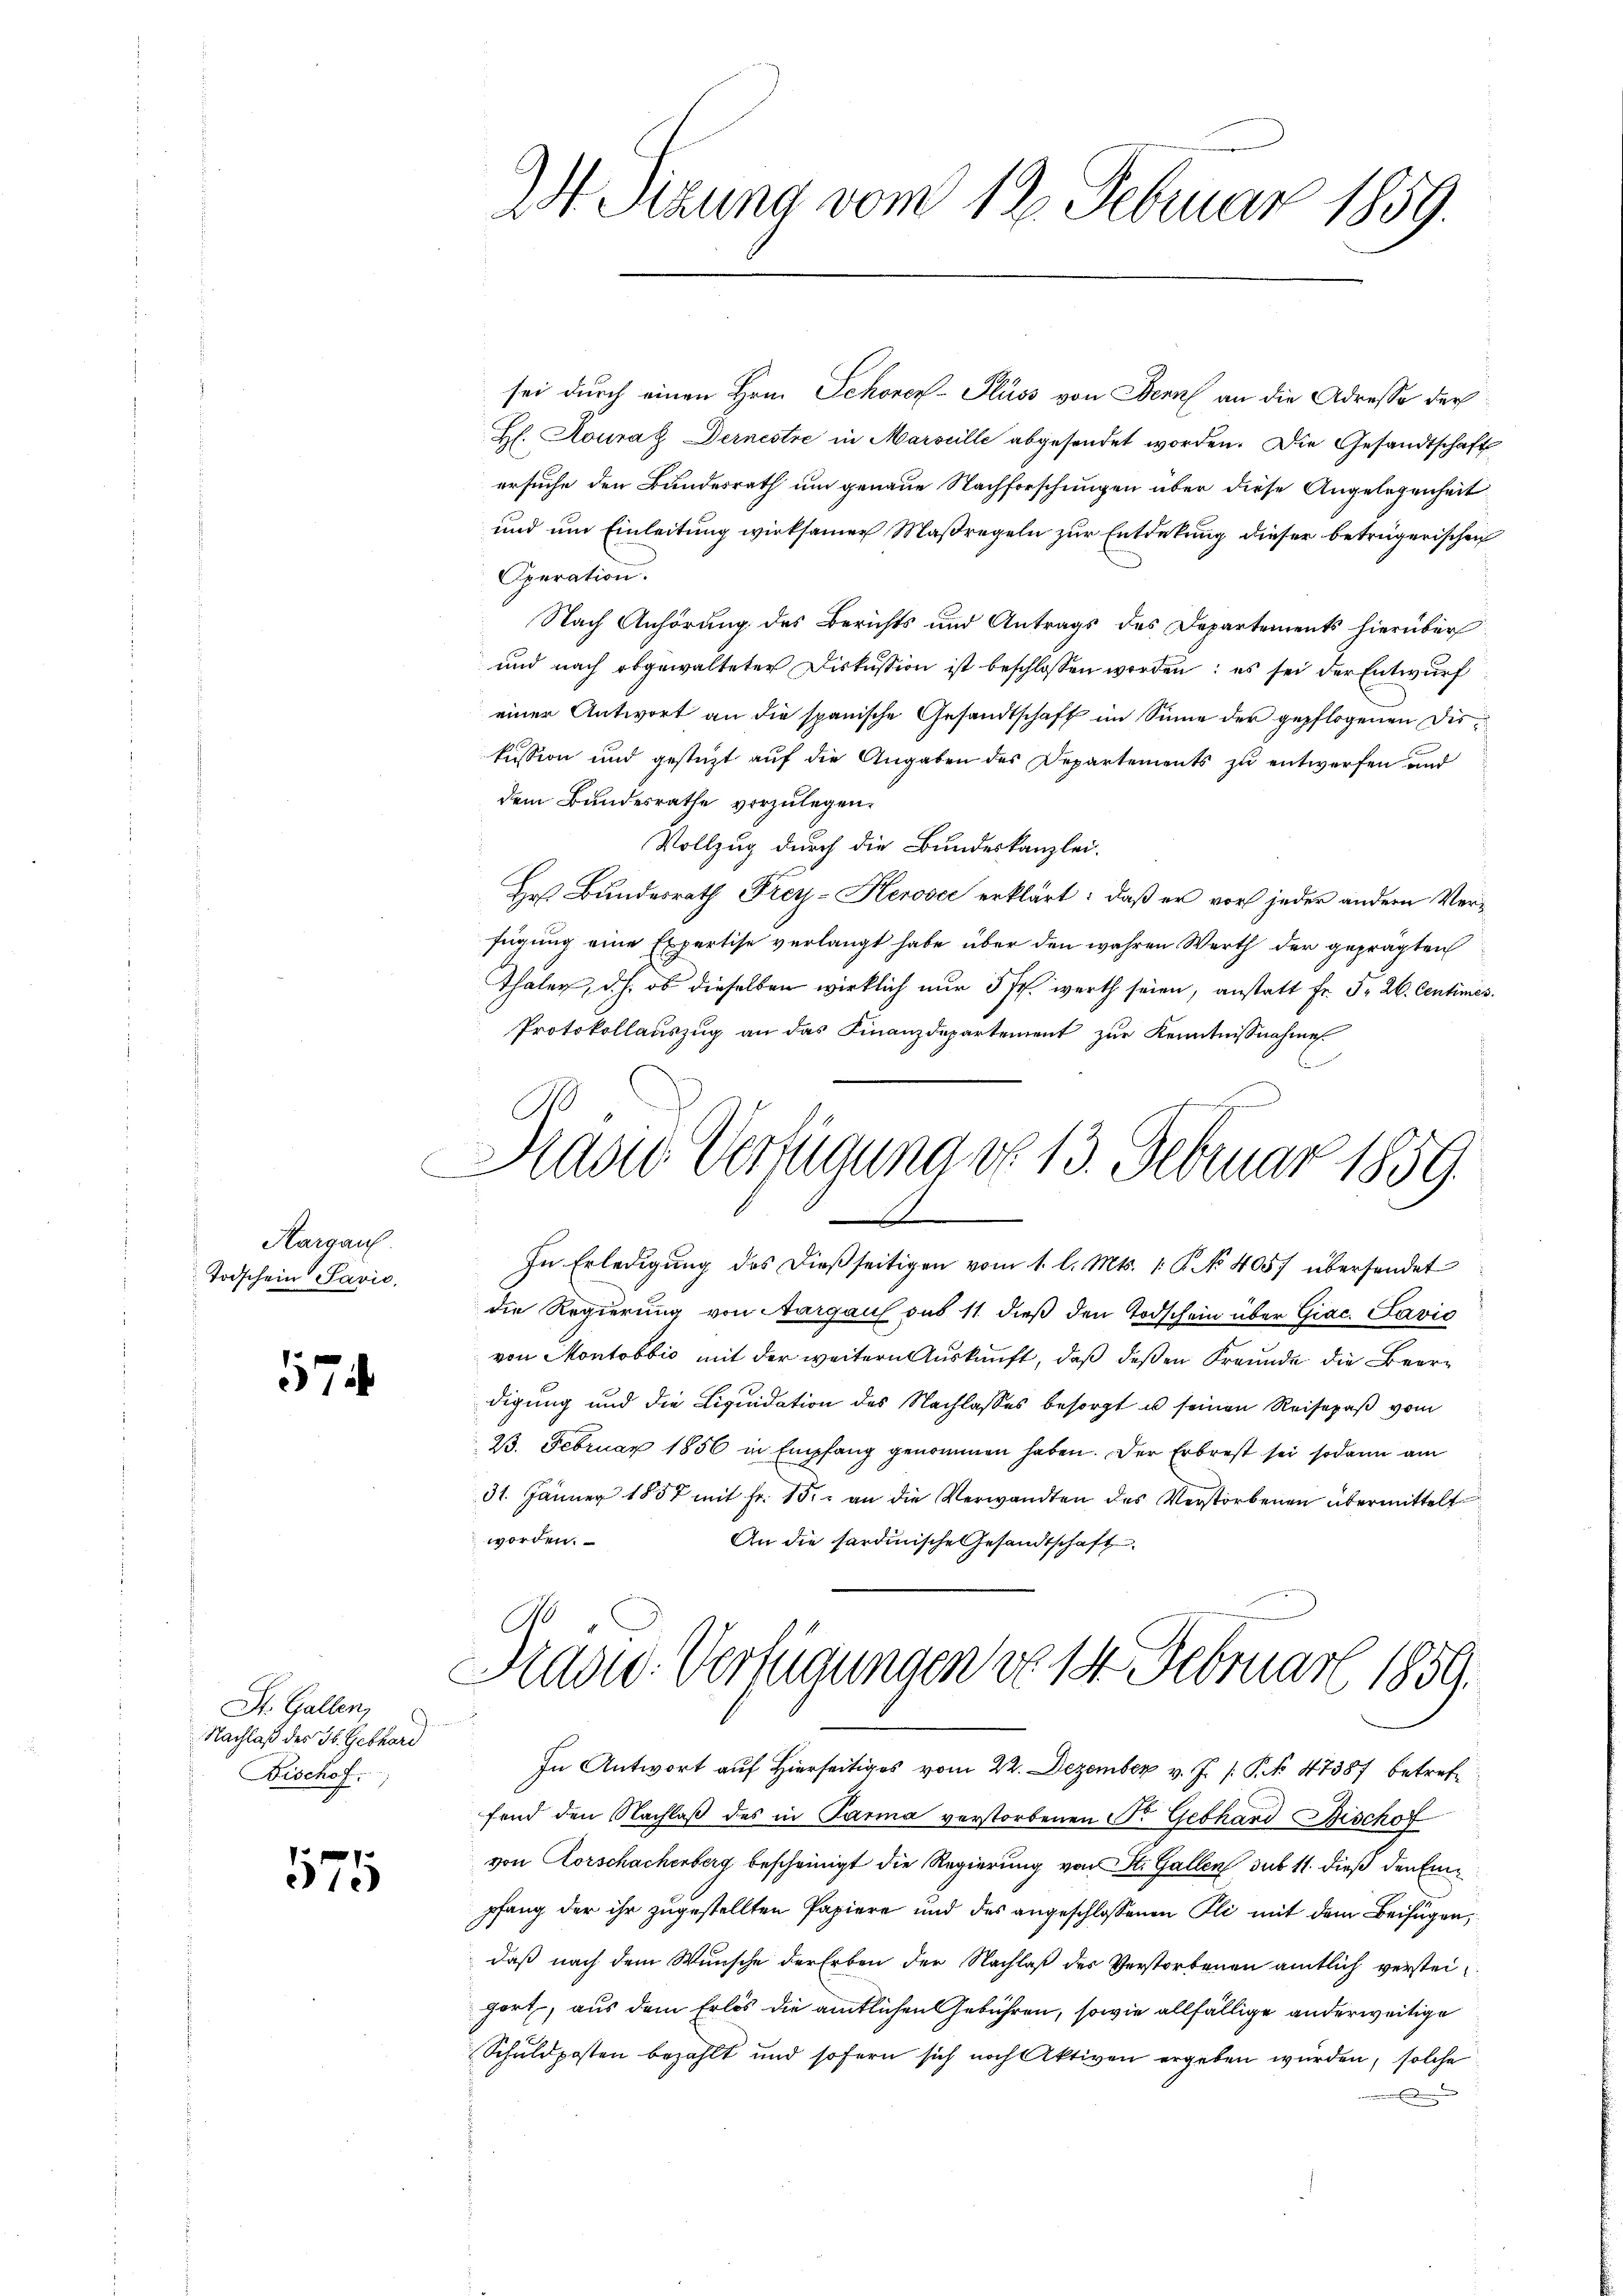
Hargaus
Todschein Savić,

7

St. Gallen,
Nachlaß des Jb. Gebhard
Bischof.

575

24. Sizung vom 12. Februar 1859.

sei durch einen Hrn. Schonen- Fluss von Beruf an die Adresse der
Hl. Kourat Dernestre in Marseille abgesendet worden. Die Gesandtschaft
ersuche den Bundesrath um genaue Nachforschungen über diese Angelegenheit
und um Einleitung wirksamer Maßregeln zur Entdekung dieser betrügerischen
Operation.
Nach Anhörung des Berichts und Antrags des Departements hierüber
und nach abgewalteter Diskussion ist beschlossen worden: es sei der Entwurf
einer Antwort an die spanische Gesandtschaft im Sinne der gepflogenen Diskussion und gestüzt auf die Angaben des Departements zu entwerfen und
dem Bundesrathe vorzulegen.
Vollzug durch die Bundeskanzlei.
Hr. Bundesrath Frey-Herović erklärt: daß er vor jeder andern Verfügung eine Expertise verlangt habe über den wahren Werth der geprägten
Thaler, d.h. ob dieselben wirklich nur 5 fr. werth seien, anstatt Fr. 3. 26. Centimes.
Protokollauszug an das Finanzdepartement zur Kenntnissnahme

Das Verfügung d. 13. Februar 1859.
s

Diese Verfügungen vo 14. Februar 1859.

In Erledigung des dießseitigen vom 1. l. Mts. 1. P. Nr. 405) übersendet
die Regierung von Aargaus sub 11 dieß den Todschein über Giac. Savić
von Montobbić mit der weitern Auskunft, daß deßen Freunde die Beerdigung und die Liquidation des Nachlasses besorgt u seinen Reisepaß vom
23. Februar 1856 in Empfang genommen haben. Der Erbrest sei sodann am
31. Jänner 1857 mit fr. 15. an die Verwandten des Verstorbenen übermittelt
worden.
An die sardinische Gesandtschaft
In Antwort auf Hierseitiges vom 22. Dezember v. J. /: P. Nr. 47387 betreffend den Nachlaß des in Parma verstorbenen Sr. Gebhard Bischof
von Corschachenberg bescheinigt die Regierung von St. Gallen sub 11. dieß den Einpfang der ihr zugestellten Papiere und des angeschlossenen Pli mit dem Beifügen,
daß nach dem Wunsche der Erben der Nachlaß des Verstorbenen amtlich versteiport, aus dem Erlös die amtlichen Gebühren, sowie allfällige anderweitige
Schuldposten bezahlt und sofern sich noch Aktiven ergeben wurden, solche
E